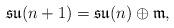
LaTeX: \begin{align*}\mathfrak {su}(n+1)=\mathfrak {su}(n) \oplus\mathfrak{m},\end{align*}